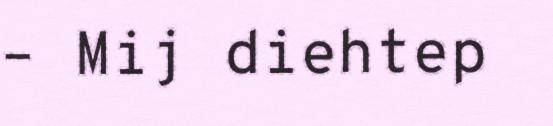
– Mij diehtep